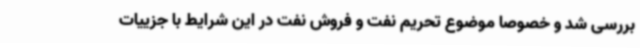
بررسی شد و خصوصا موضوع تحریم نفت و فروش نفت در این شرایط با جزییات